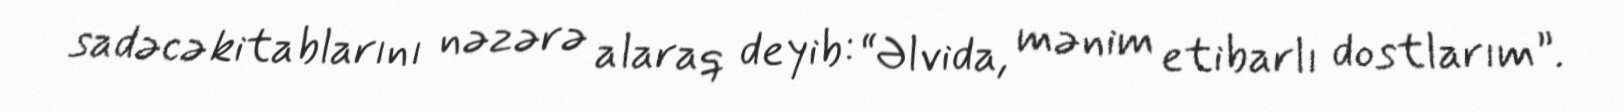
sadəcə kitablarını nəzərə alaraq deyib: “Əlvida, mənim etibarlı dostlarım”.